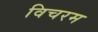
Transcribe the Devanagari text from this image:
विचरम